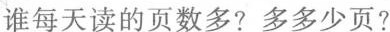
谁每天读的页数多?多多少页?